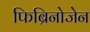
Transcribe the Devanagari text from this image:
फिब्रिनोजेन